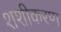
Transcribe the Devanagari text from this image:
शशीकरण